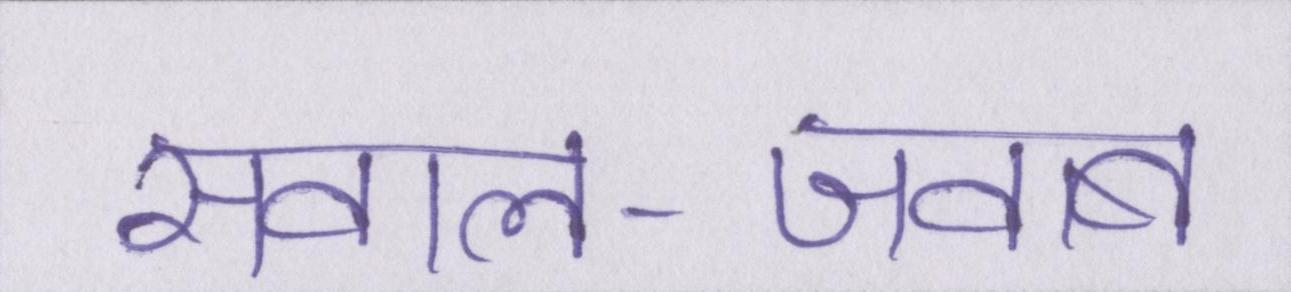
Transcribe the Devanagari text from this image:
सवाल-जवाब